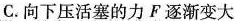
C.向下压活塞的力F逐渐变大